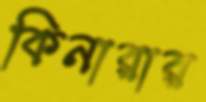
কিনারার